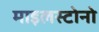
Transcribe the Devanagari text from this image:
माइलस्टोनो